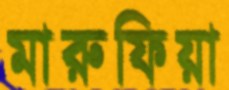
মারুফিয়া